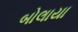
બોલાયા